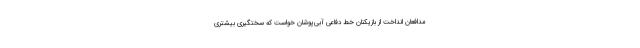
مدافعان انداخت از بازیکنان خط دفاعی آبی‌پوشان خواست که سختگیری بیشتری